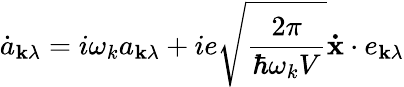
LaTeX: {\dot{a}}_{\mathbf{k}\lambda}=i\omega_{k}a_{\mathbf{k}\lambda}+ie{\sqrt{\frac{2\pi}{\hbar\omega_{k}V}}}\mathbf{\dot{x}}\cdot e_{\mathbf{k}\lambda}